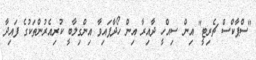
"ސްޕާކްސް ޗެރިޓީ" އިން ސިއްހީ ދާއިރާ އިން ހޯދާފައިވާ އިންގިލާބީ ކުރިއެރުންތަކުގެ ފައިދާ